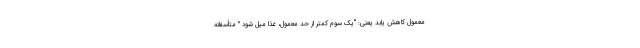
معمول کاهش یابد یعنی: “یک سوم کمتر از حد معمول، غذا میل شود ” متأسفانه